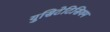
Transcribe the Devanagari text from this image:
युसिटेटिसियम